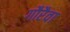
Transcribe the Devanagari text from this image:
गौरैवा